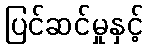
ပြင်ဆင်မှုနှင့်